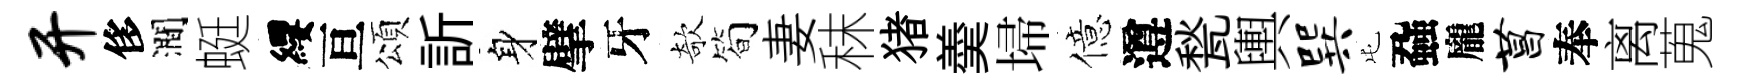
开侈澗蜓纓亘頌訢身擘牙欹筍妻秣猪羮埽億遵甃輿巽屯蝨龐菖奉离蒐